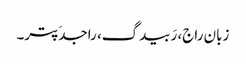
زبان راج، رَبیدگ، راجدَپتر۔